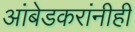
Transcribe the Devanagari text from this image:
आंबेडकरांनीही